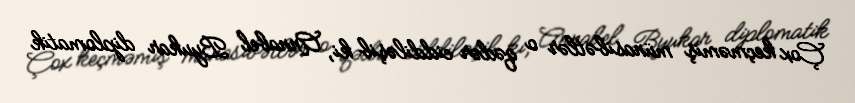
Çox keçməmiş münasibətlər o qədər ciddiləşib ki, Annabel Byukar diplomatik